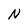
Character: N